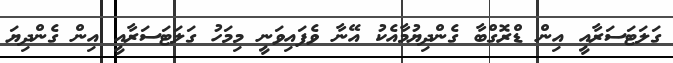
ގަލަޓަސަރާއީ އިން ޑްރޮގްބާ ގެންދިޔުމާއެކު އޭނާ ވެފައިވަނީ މިމަހު ގަލަޓަސަރާއީ އިން ގެންދިޔަ